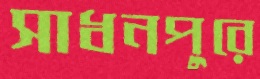
সাধনপুরে